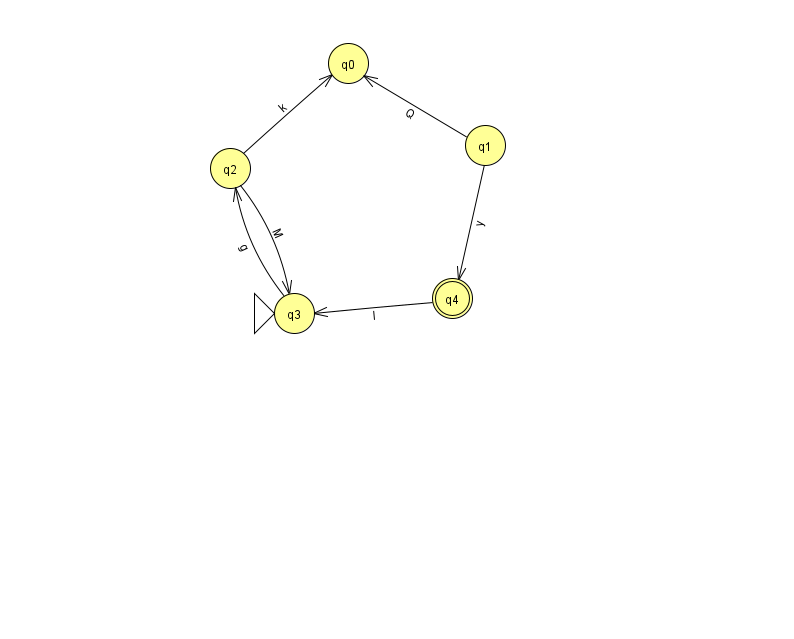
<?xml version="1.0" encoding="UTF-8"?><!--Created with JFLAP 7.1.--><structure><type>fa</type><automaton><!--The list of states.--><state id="0" name="q0"><x>348.0</x><y>50.0</y></state><state id="1" name="q1"><x>485.0</x><y>132.0</y></state><state id="2" name="q2"><x>230.0</x><y>155.0</y></state><state id="3" name="q3"><x>294.0</x><y>300.0</y><initial/></state><state id="4" name="q4"><x>452.0</x><y>285.0</y><final/></state><!--The list of transitions.--><transition><from>1</from><to>4</to><read>y</read></transition><transition><from>2</from><to>0</to><read>k</read></transition><transition><from>2</from><to>3</to><read>M</read></transition><transition><from>3</from><to>2</to><read>g</read></transition><transition><from>4</from><to>3</to><read>I</read></transition><transition><from>1</from><to>0</to><read>Q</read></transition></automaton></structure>